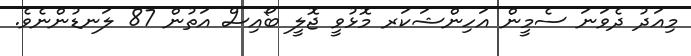
މިއަދު ދެވަނަ ސެމީން އަހިންޝަކަރ މޮޅުވީ ޖޮލީ ބޯއިސް އަތުން 87 ލަނޑުންނެވެ.